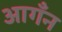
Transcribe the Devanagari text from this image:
आगँन